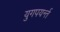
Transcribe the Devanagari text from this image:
युगपयर्न्त